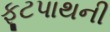
ફૂટપાથની